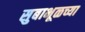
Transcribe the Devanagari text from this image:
सुबाभूळच्या